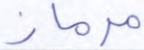
مرماز